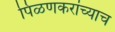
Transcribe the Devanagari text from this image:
पिळणकरांच्याच